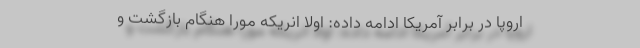
اروپا در برابر آمریکا ادامه داده: اولاً انریکه مورا هنگام بازگشت و